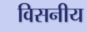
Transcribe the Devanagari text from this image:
विसनीय